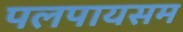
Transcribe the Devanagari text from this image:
पलपायसम